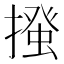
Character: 𢳰